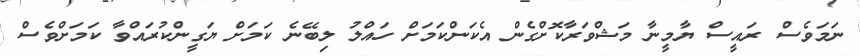
ނަމަވެސް ރައީސް ޔާމީނާ މަޝްވަރާކޮށްގެން އެކަންކަމަށް ހައްލު ލިބޭނެ ކަމަށް ޔަގީންކުރައްވާ ކަމަށްވެސް